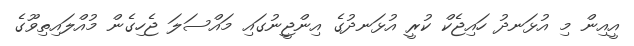
އީއިން މި އުޅަނދު ހައިޖެކް ކުރީ އުޅަނދުގެ އިންޖީނުގައި މައްސަލަ ޖެހިގެން މުއްލައިތިވޫގެ